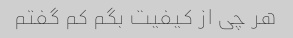
هر چی از کیفیت بگم کم گفتم